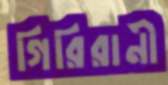
গিরিরানী